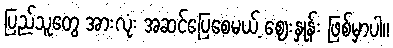
ပြည်သူတွေ အားလုံး အဆင်ပြေစေမယ့် ဈေးနှုန်း ဖြစ်မှာပါ။